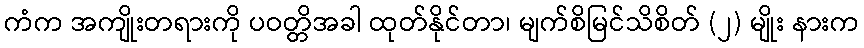
ကံက အကျိုးတရားကို ပဝတ္တိအခါ ထုတ်နိုင်တာ၊ မျက်စိမြင်သိစိတ် (၂) မျိုး နားက